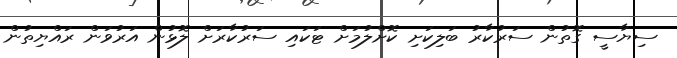
ސިޔާސީ ގޮތުން ސަރުކާރު ބަލިކަށި ކޮށްލުމަށް ޓަކައި ސަރުކާރަށް ލޮޅުން އަރުވަން ރައްޔިތުން